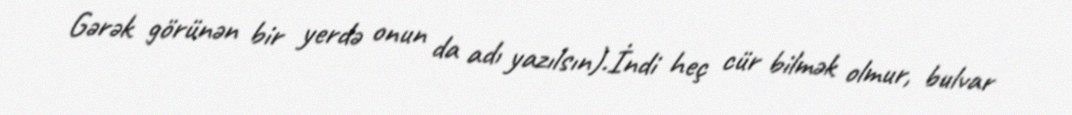
Gərək görünən bir yerdə onun da adı yazılsın).İndi heç cür bilmək olmur, bulvar